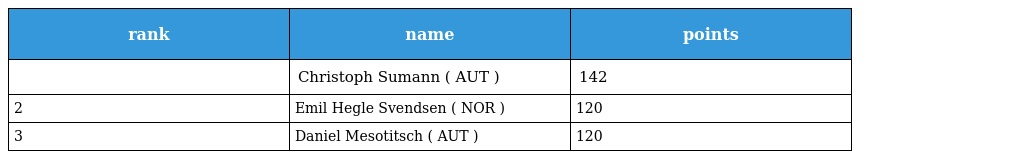
| rank | name | points |
 | --- | --- | --- |
 |  | Christoph Sumann ( AUT ) | 142 |
 | 2 | Emil Hegle Svendsen ( NOR ) | 120 |
 | 3 | Daniel Mesotitsch ( AUT ) | 120 |